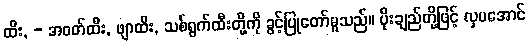
ထီး, - အဝတ်ထီး, ဖျာထီး, သစ်ရွက်ထီးတို့ကို ခွင့်ပြုတော်မူသည်။ ပိုးချည်တို့ဖြင့် လှပအောင်